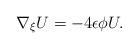
LaTeX: \begin{align*}\nabla_{\xi} U=-4\epsilon\phi U.\end{align*}